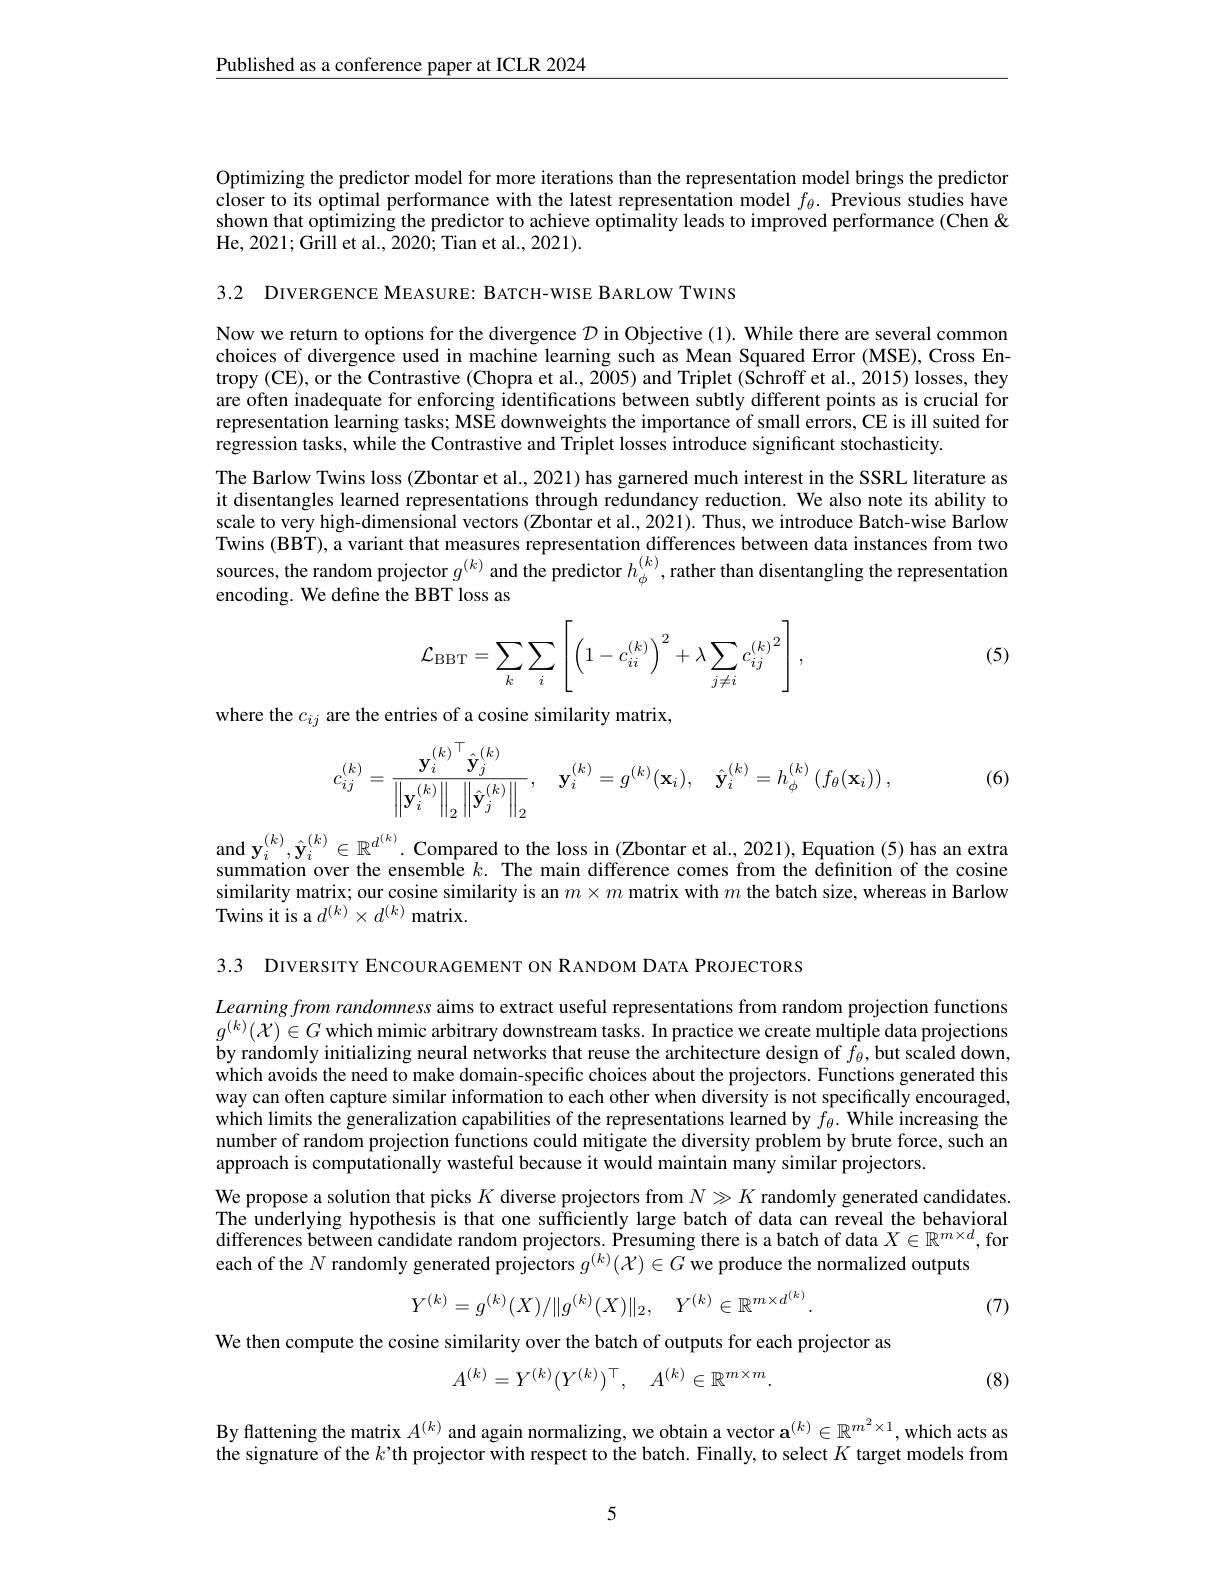
$\underline{\text{Published as a conference paper at ICLR 2024}}$

Optimizing the predictor model for more iterations than the representation model brings the predictor closer to its optimal performance with the latest representation model $f_\theta.$ Previous studies have shown that optimizing the predictor to achieve optimality leads to improved performance (Chen & He, 2021; Grill et al., 2020; Tian et al., 2021).

3.2 DIVERGENCE MEASURE: BATCH-WISE BARLOW TWINS

Now we return to options for the divergence $\mathcal{D}$ in Objective (1). While there are several common choices of divergence used in machine learning such as Mean Squared Error (MSE), Cross Entropy (CE), or the Contrastive (Chopra et al., 2005) and Triplet (Schroff et al., 2015) losses, they are often inadequate for enforcing identifications between subtly different points as is crucial for representation learning tasks; MSE downweights the importance of small errors, CE is ill suited for regression tasks, while the Contrastive and Triplet losses introduce significant stochasticity.
The Barlow Twins loss (Zbontar et al., 2021) has garnered much interest in the SSRL literature as it disentangles learned representations through redundancy reduction. We also note its ability to scale to very high-dimensional vectors (Zbontar et al., 2021). Thus, we introduce Batch-wise Barlow Twins (BBT), a variant that measures representation differences between data instances from two sources, the random projector $g^{(k)}$ and the predictor $h_\phi^{(k)}$ ,rather than disentangling the representation encoding. We define the BBT loss as
$$\mathcal{L}_{\mathrm{BBT}}=\sum_k\sum_i\left[\left(1-c_{ii}^{(k)}\right)^2+\lambda\sum_{j\neq i}c_{ij}^{(k)}{}^2\right],$$
(5)

where the $c_ij$ are the entries of a cosine similarity matrix,

(6)
$$c_{ij}^{(k)}=\frac{\mathbf{y}_i^{(k)}^\top\hat{\mathbf{y}}_j^{(k)}}{\left\|\mathbf{y}_i^{(k)}\right\|_2\left\|\hat{\mathbf{y}}_j^{(k)}\right\|_2},\quad\mathbf{y}_i^{(k)}=g^{(k)}(\mathbf{x}_i),\quad\hat{\mathbf{y}}_i^{(k)}=h_\phi^{(k)}\left(f_\theta(\mathbf{x}_i)\right),$$
$\begin{array}{l}\mathrm{and~y_i^{(k)},\hat{\mathbf{y}}_i^{(k)}\in\mathbb{R}^{d^{(k)}}.~Compared~to~the~loss~in~(Zbontar~et~al.2021),~Equation~(5)~has~an~extra}\\\mathrm{summation~over~the~ensemble~}k.~\mathrm{The~main~difference~comes~from~the~definition~of~the~cosine}\end{array}$ similarity matrix; our cosine similarity is an $m\times m$ matrix with $m$ the batch size, whereas in Barlow Twins it is a $d^(k)\times d^{(k)}$ matrix.

3.3 DIVERSITY ENCOURAGEMENT ON RANDOM DATA PROJECTORS

Learningfrom randomness aims to extract useful representations from random projection functions $g^{(k)}(\mathcal{X})\in G$ which mimic arbitrary downstream tasks. In practice we create multiple data projections by randomly initializing neural networks that reuse the architecture design of $f_\theta$, but scaled down, which avoids the need to make domain-specific choices about the projectors. Functions generated this way can often capture similar information to each other when diversity is not specifically encouraged, which limits the generalization capabilities of the representations learned by $f_\theta.$ While increasing the number of random projection functions could mitigate the diversity problem by brute force, such an approach is computationally wasteful because it would maintain many similar projectors.

We propose a solution that picks $K$ diverse projectors from $N\gg K$ randomly generated candidates. The underlying hypothesis is that one sufficiently large batch of data can reveal the behavioral differences between candidate random projectors. Presuming there is a batch of data $X\in\mathbb{R}^m\times d$, for each of the $N$ randomly generated projectors $g^(k)(\mathcal{X})\in G$ we produce the normalized outputs
$$Y^{(k)}=g^{(k)}(X)/\|g^{(k)}(X)\|_{2},\quad Y^{(k)}\in\mathbb{R}^{m\times d^{(k)}}.$$
(7)

We then compute the cosine similarity over the batch of outputs for each projector as
$$A^{(k)}=Y^{(k)}(Y^{(k)})^{\top},\quad A^{(k)}\in\mathbb{R}^{m\times m}.$$
(8)

By flattening the matrix $A^{(k)}$ and again normalizing, we obtain a vector $\mathbf{a}^{(k)}\in\mathbb{R}^{m^2\times1}$, which acts as the signature of the $k’$th projector with respect to the batch. Finally, to select $K$ target models from

5